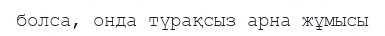
болса, онда түрақсыз арна жұмысы